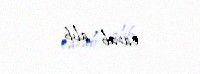
cavab alıb.